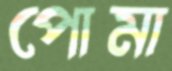
পোমা